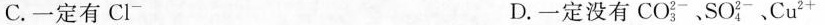
C.一定有Cl^{-} D.一定没有CO_{3}^{2 -}、SO_{4}^{2 -}、Cu^{2+}